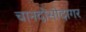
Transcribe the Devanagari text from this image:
चानदोसोदागर